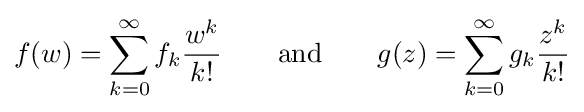
f(w)=\sum _{k=0}^{\infty }f_{k}{\frac {w^{k}}{k!}}\qquad {\text{and}}\qquad g(z)=\sum _{k=0}^{\infty }g_{k}{\frac {z^{k}}{k!}}